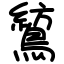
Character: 鶭